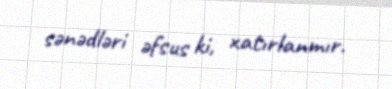
sənədləri əfsus ki, xatırlanmır.